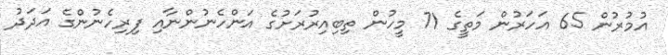
އުމުރުން 65 އަހަރުން މަތީގެ 71 މީހުން ތިބިއިރުރަށުގެ އަންހެނުންނާއި ފިރިހެނުންގެ އަދަދު